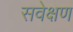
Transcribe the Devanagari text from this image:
सवेक्षण